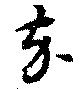
卒